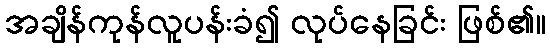
အချိန်ကုန်လူပန်းခံ၍ လုပ်နေခြင်း ဖြစ်၏။